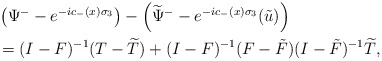
\begin{align*}\begin{aligned}&\left(\Psi^--e^{-ic_-(x)\sigma_3}\right)-\left(\widetilde{\Psi}^--e^{-ic_-(x)\sigma_3}(\tilde{u})\right)\\&=(I-F)^{-1}(T-\widetilde{T})+(I-F)^{-1}(F-\tilde{F})(I-\tilde{F})^{-1} \widetilde{T},\end{aligned}\end{align*}